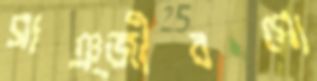
সাঞ্জীবগো